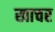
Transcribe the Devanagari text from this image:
खाचर